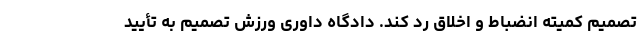
تصمیم کمیته انضباط و اخلاق رد کند. دادگاه داوری ورزش تصمیم به تأیید